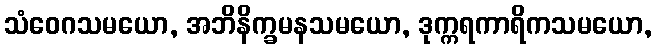
သံဝေဂသမယော, အဘိနိက္ခမနသမယော, ဒုက္ကရကာရိကသမယော,